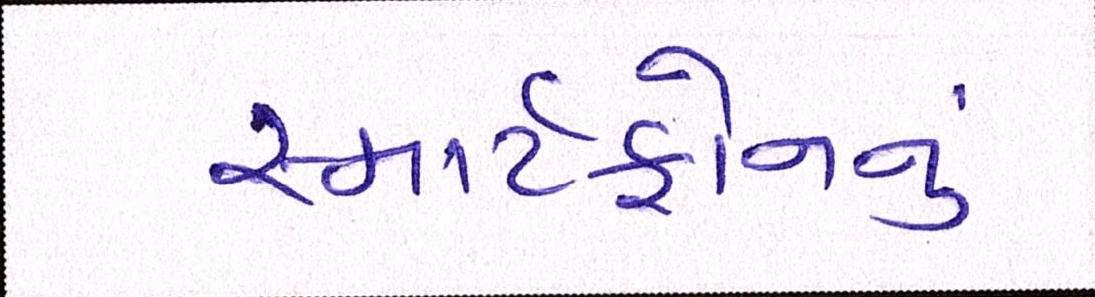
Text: સ્માર્ટફોનનું